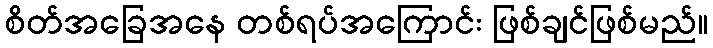
စိတ်အခြေအနေ တစ်ရပ်အကြောင်း ဖြစ်ချင်ဖြစ်မည်။